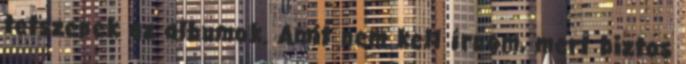
tetszenek az albumok. Amit nem kell írnom, mert biztos